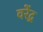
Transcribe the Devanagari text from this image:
वरेंद्र